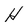
Character: H